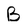
Character: B